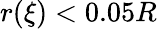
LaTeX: r(\xi)<0.05R